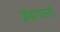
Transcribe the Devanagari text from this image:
इंद्रायनों